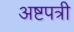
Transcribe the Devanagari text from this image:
अष्टपत्री